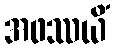
အဖဿယိံ